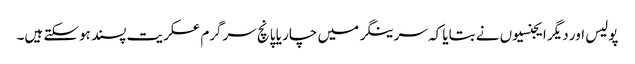
پولیس اور دیگر ایجنسیوں نے بتایا کہ سرینگر میں چار یا پانچ سرگرم عسکریت پسند ہوسکتے ہیں۔